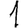
Digit: 1